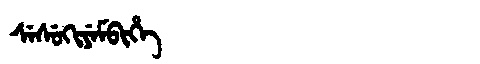
Manchu: ᠰᡝᠰᡠᡴᡳᠶᡝᠮᠪᡳᡥᡝ
Romanization: SESUKIYEMBIHE